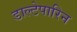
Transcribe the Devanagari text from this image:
डाल्टेपारिन